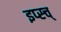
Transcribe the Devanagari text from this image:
इप्स्च्